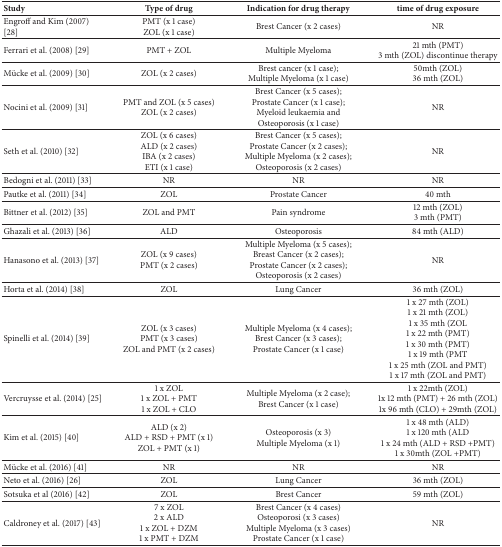
<table><thead><tr><td><b>Study</b></td><td><b>Type of drug</b></td><td><b>Indication for drug therapy</b></td><td><b>time of drug exposure</b></td></tr></thead><tbody><tr><td>Engroff and Kim (2007) [28]</td><td>PMT (x 1 case)ZOL (x 1 case)</td><td>Brest Cancer (x 2 cases)</td><td>NR</td></tr><tr><td>Ferrari et al. (2008) [29]</td><td>PMT + ZOL</td><td>Multiple Myeloma</td><td>21 mth (PMT)3 mth (ZOL) discontinue therapy</td></tr><tr><td>Mücke et al. (2009) [30]</td><td>ZOL (x 2 cases)</td><td>Brest cancer (x 1 case);Multiple Myeloma (x 1 case)</td><td>50mth (ZOL)36 mth (ZOL)</td></tr><tr><td>Nocini et al. (2009) [31]</td><td>PMT and ZOL (x 5 cases)ZOL (x 2 cases)</td><td>Brest Cancer (x 5 cases);Prostate Cancer (x 1 case);Myeloid leukaemia and Osteoporosis (x 1 case)</td><td>NR</td></tr><tr><td>Seth et al. (2010) [32]</td><td>ZOL (x 6 cases)ALD (x 2 cases)IBA (x 2 cases)ETI (x 1 case)</td><td>Brest Cancer (x 5 cases);Prostate Cancer (x 2 cases);Multiple Myeloma (x 2 cases);Osteoporosis (x 2 cases)</td><td>NR</td></tr><tr><td>Bedogni et al. (2011) [33]</td><td>NR</td><td>NR</td><td>NR</td></tr><tr><td>Pautke et al. (2011) [34]</td><td>ZOL</td><td>Prostate Cancer</td><td>40 mth</td></tr><tr><td>Bittner et al. (2012) [35]</td><td>ZOL and PMT</td><td>Pain syndrome</td><td>12 mth (ZOL)3 mth (PMT)</td></tr><tr><td>Ghazali et al. (2013) [36]</td><td>ALD</td><td>Osteoporosis</td><td>84 mth (ALD)</td></tr><tr><td>Hanasono et al. (2013) [37]</td><td>ZOL (x 9 cases)PMT (x 2 cases)</td><td>Multiple Myeloma (x 5 cases);Breast Cancer (x 2 cases);Prostate Cancer (x 2 cases);Osteoporosis (x 2 cases)</td><td>NR</td></tr><tr><td>Horta et al. (2014) [38]</td><td>ZOL</td><td>Lung Cancer</td><td>36 mth (ZOL)</td></tr><tr><td>Spinelli et al. (2014) [39]</td><td>ZOL (x 3 cases)PMT (x 3 cases)ZOL and PMT (x 2 cases)</td><td>Multiple Myeloma (x 4 cases);Brest Cancer (x 3 cases);Prostate Cancer (x 1 case)</td><td>1 x 27 mth (ZOL)1 x 21 mth (ZOL)1 x 35 mth (ZOL1 x 22 mth (PMT)1 x 30 mth (PMT)1 x 19 mth (PMT1 x 25 mth (ZOL and PMT)1 x 17 mth (ZOL and PMT)</td></tr><tr><td>Vercruysse et al. (2014) [25]</td><td>1 x ZOL1 x ZOL + PMT1 x ZOL + CLO</td><td>Multiple Myeloma (x 2 case);Brest Cancer (x 1 case)</td><td>1 x 22mth (ZOL)1x 12 mth (PMT) + 26 mth (ZOL)1x 96 mth (CLO) + 29mth (ZOL)</td></tr><tr><td>Kim et al. (2015) [40]</td><td>ALD (x 2)ALD + RSD + PMT (x 1)ZOL + PMT (x 1)</td><td>Osteoporosis (x 3)Multiple Myeloma (x 1)</td><td>1 x 48 mth (ALD)1 x 120 mth (ALD1 x 24 mth (ALD + RSD +PMT)1 x 30mth (ZOL +PMT)</td></tr><tr><td>Mücke et al. (2016) [41]</td><td>NR</td><td>NR</td><td>NR</td></tr><tr><td>Neto et al. (2016) [26]</td><td>ZOL</td><td>Lung Cancer</td><td>36 mth (ZOL)</td></tr><tr><td>Sotsuka et al (2016) [42]</td><td>ZOL</td><td>Brest Cancer</td><td>59 mth (ZOL)</td></tr><tr><td>Caldroney et al. (2017) [43]</td><td>7 x ZOL2 x ALD1 x ZOL + DZM1 x PMT + DZM</td><td>Brest Cancer (x 4 cases)Osteoporosi (x 3 cases)Multiple Myeloma (x 3 cases)Prostate Cancer (x 1 case)</td><td>NR</td></tr></tbody></table>